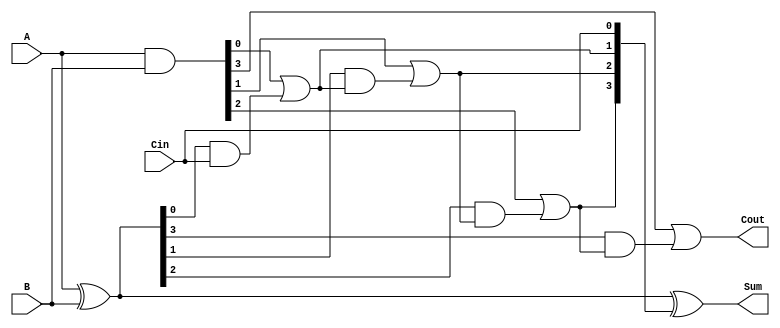
module carry_lookahead_adder #(parameter n = 4) (
    input  [n-1:0] A,    // First operand
    input  [n-1:0] B,    // Second operand
    input         Cin,    // Carry input
    output [n-1:0] Sum,   // Sum output
    output        Cout     // Carry output
);

    wire [n-1:0] G;  // Generate signals
    wire [n-1:0] P;  // Propagate signals
    wire [n:0] C;    // Carry signals

    // Generate and Propagate signals
    assign G = A & B;          // G[i] = A[i] & B[i]
    assign P = A ^ B;          // P[i] = A[i] ^ B[i]

    // Carry calculations
    assign C[0] = Cin;         // Initial carry is Cin
    genvar i;
    generate
        for (i = 0; i < n; i = i + 1) begin : carry_gen
            if (i == 0) begin
                assign C[i+1] = G[i] | (P[i] & C[i]); // C[1] = G[0] + (P[0] * C[0])
            end else begin
                assign C[i+1] = G[i] | (P[i] & C[i]); // C[i+1] = G[i] + (P[i] * C[i])
            end
        end
    endgenerate

    // Sum calculation
    assign Sum = P ^ C[n-1:0]; // Sum[i] = P[i] ^ C[i]

    // Final carry output
    assign Cout = C[n]; // Cout = C[n]

endmodule